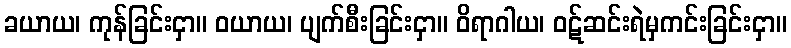
ခယာယ၊ ကုန်ခြင်းငှာ။ ဝယာယ၊ ပျက်စီးခြင်းငှာ။ ဝိရာဂါယ၊ ဝဋ်ဆင်းရဲမှကင်းခြင်းငှာ။